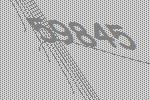
59845